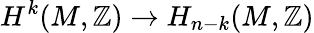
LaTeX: H^{k}(M,\mathbb{Z})\to H_{n-k}(M,\mathbb{Z})